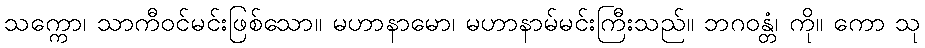
သက္ကော၊ သာကီဝင်မင်းဖြစ်သော။ မဟာနာမော၊ မဟာနာမ်မင်းကြီးသည်။ ဘဂဝန္တံ၊ ကို။ ကော သု